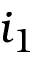
i _ { 1 }